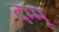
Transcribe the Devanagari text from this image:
दम्मू